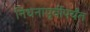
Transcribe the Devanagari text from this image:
निधनापूर्वीपर्यंत